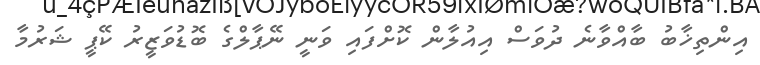
އިންތިޚާބު ބާއްވާނެ ދުވަސް އިއުލާން ކޮށްފައި ވަނީ ނޭޕާލްގެ ބޮޑުވަޒީރު ކޭޕީ ޝަރުމާ